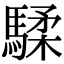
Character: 騥